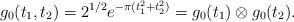
LaTeX: \begin{align*}g_0(t_1,t_2) = 2^{1/2} e^{-\pi(t_1^2 + t_2^2)} = g_0(t_1) \otimes g_0(t_2).\end{align*}